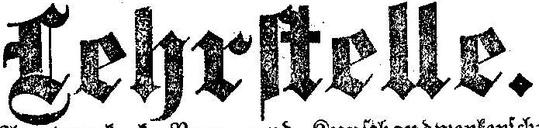
Lehrstelle.